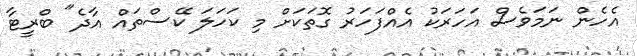
އެހެން ނަމަވެސް އަހަރަކު އެއްފަހަރު ގޮތަކަށް މި ކަހަލަ ކޭސްތައް އާދެ" ބްރީޓާ